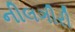
નીલગીરી